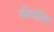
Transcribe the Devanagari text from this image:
भविष्योक्ति